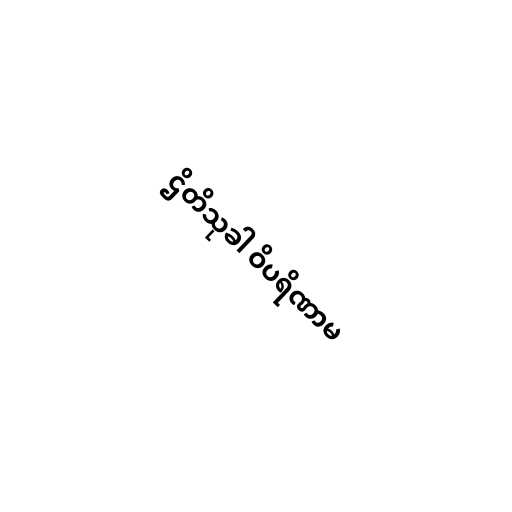
ဌိတိသုခါ ဝိပရိဏာမ